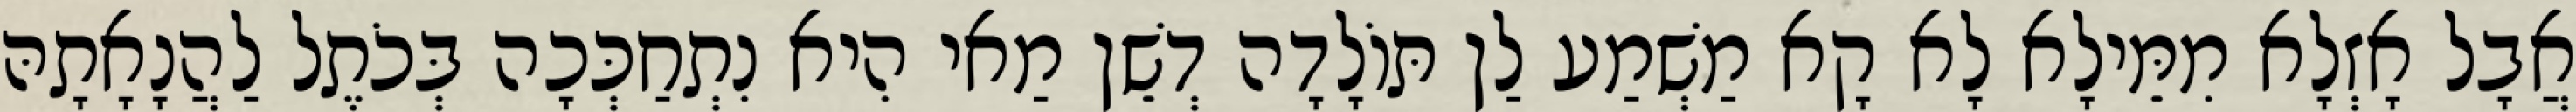
אֲבָל אָזְלָא מִמֵּילָא לָא קָא מַשְׁמַע לַן תּוֹלָדָה דְשֵׁן מַאי הִיא נִתְחַכְּכָה בְּכֹתֶל לַהֲנָאָתָהּ